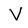
Character: V